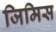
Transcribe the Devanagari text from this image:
जिमिस